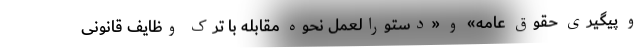
و پیگیری حقوق عامه» و «دستورالعمل نحوه مقابله با ترک وظایف قانونی